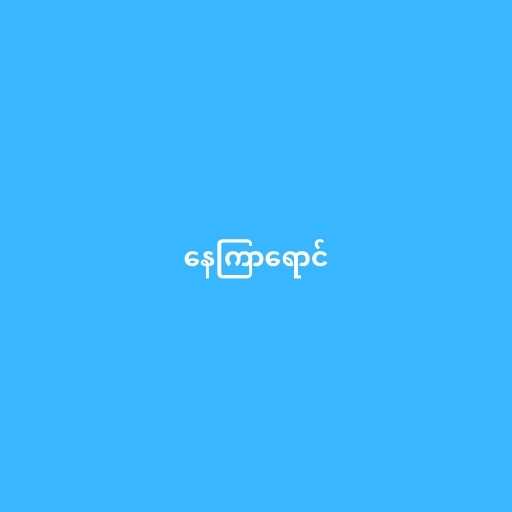
နေကြာရောင်